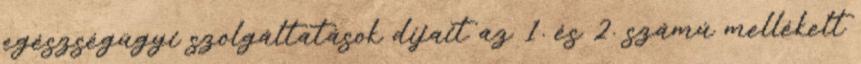
egészségügyi szolgáltatások díjait az 1. és 2. számú mellékelt